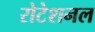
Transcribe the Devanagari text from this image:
रोटेशनल